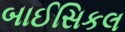
બાઈસિકલ